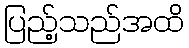
ပြည့်သည်အထိ